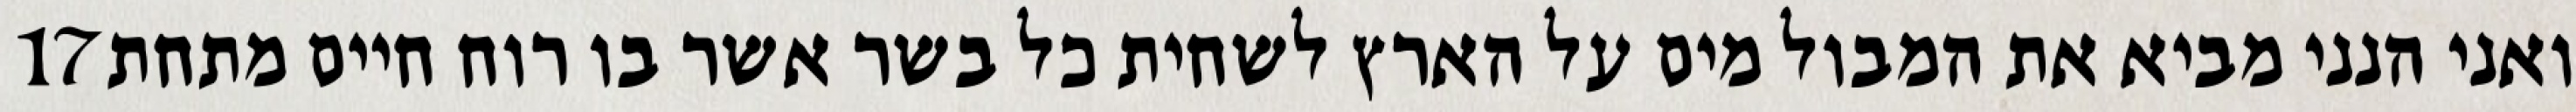
‎17‏ ואני הנני מביא את המבול מים על הארץ לשחית כל בשר אשר בו רוח חיים מתחת